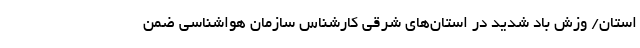
استان/ وزش باد شدید در استان‌های شرقی کارشناس سازمان هواشناسی ضمن